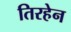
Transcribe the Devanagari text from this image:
तिरहेन